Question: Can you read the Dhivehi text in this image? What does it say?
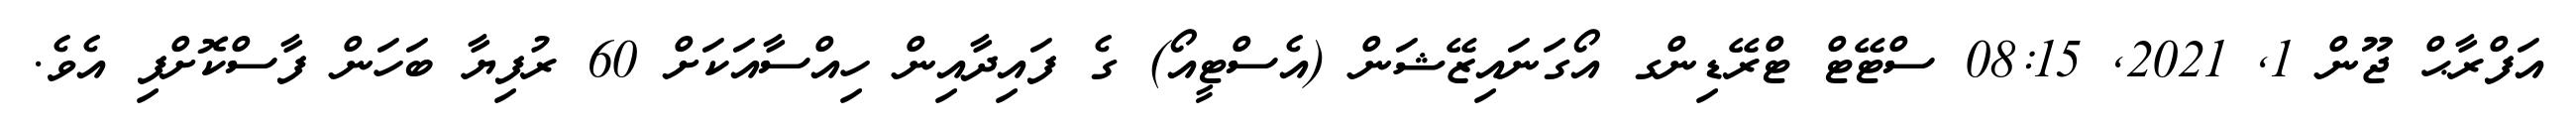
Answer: އަފްރާޙް ޖޫން 1, 2021, 08:15 ސްޓޭޓް ޓްރޭޑިންގ އޯގަނައިޒޭޝަން (އެސްޓީއޯ) ގެ ފައިދާއިން ހިއްސާއަކަށް 60 ރުފިޔާ ބަހަން ފާސްކޮށްފި އެވެ.